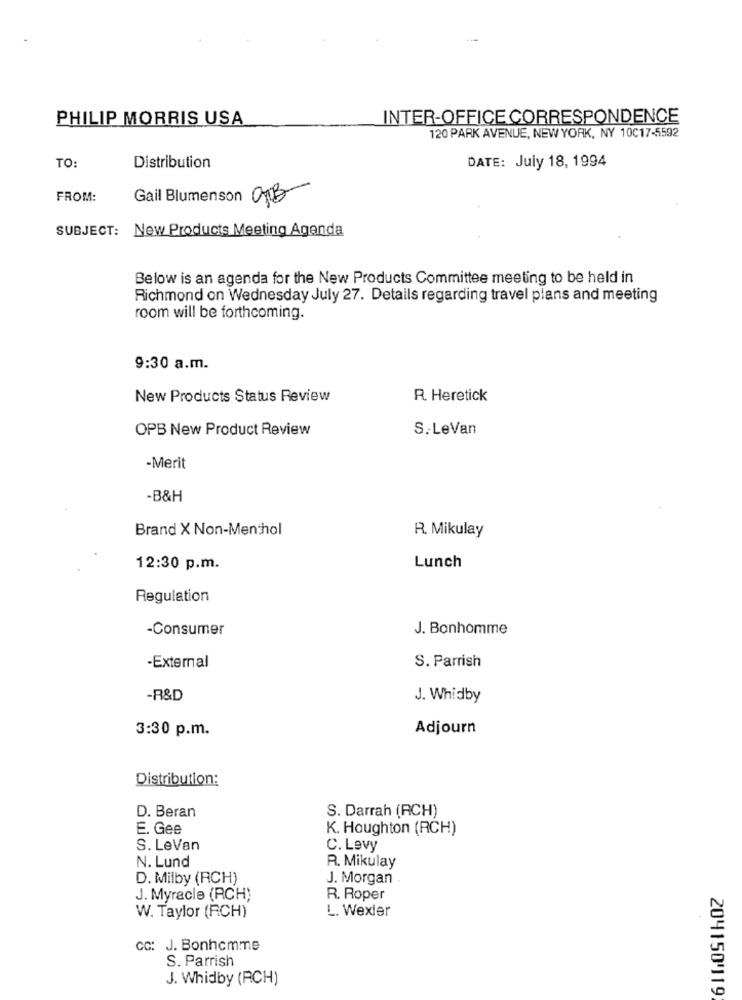
PHILIP MORRIS USA
INTER-OFFICE CORRESPONDENCE
120 PARK AVENUE, NEW YORK, NY 10C17-5592
TO:
Distribution
DATE: July 18, 1994
FROM:
Gail Blumenson OTB
SUBJECT: New Products Meeting Agenda
Below is an agenda for the New Products Committee meeting to be held in
Richmond on Wednesday July 27. Details regarding travel plans and meeting
room will be forthcoming.
9:30 a.m.
New Products Status Review
R. Heretick
OPB New Product Review
S. LeVan
-Merit
-B&H
Brand X Non-Menthol
R. Mikulay
12:30 p.m.
Lunch
Regulation
-Consumer
J. Bonhomme
S. Parrish
-External
-R&D
J. Whidby
3:30 p.m.
Adjourn
Distribution:
S. Darrah (RCH)
D. Beran
E. Gee
K. Houghton (RCH)
S. LeVan
C. Levy
N. Lund
R. Mikulay
D. Milby (RCH)
J. Morgan
J. Myracle (RCH)
R. Roper
L. Wexler
W. Taylor (RCH)
CC: J. Bonhomme
S. Parrish
J. Whidby (RCH)
204150'119